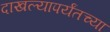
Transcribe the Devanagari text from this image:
दाखल्यापर्यंतच्या